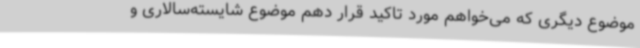
موضوع دیگری که می‌خواهم مورد تاکید قرار دهم موضوع شایسته‌سالاری و